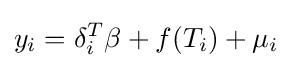
y_{i}=\delta _{i}^{T}\beta +f(T_{i})+\mu _{i}